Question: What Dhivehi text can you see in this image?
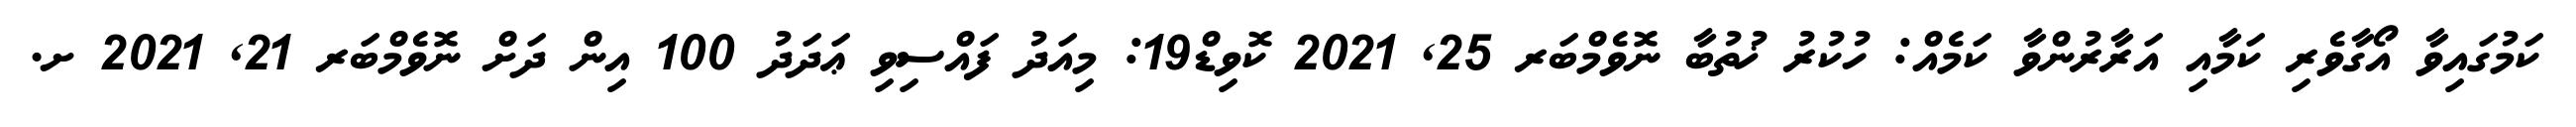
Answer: ކަމުގައިވާ އޯގާވެރި ކަމާއި އަރާރުންވާ ކަމެއް: ހުކުރު ޚުތުބާ ނޮވެމްބަރ 25, 2021 ކޮވިޑް19: މިއަދު ފައްސިވި ޢަދަދު 100 އިން ދަށް ނޮވެމްބަރ 21, 2021 ށ.